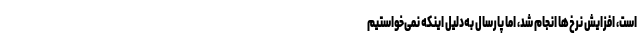
است، افزایش نرخ‌ها انجام شد، اما پارسال به‌دلیل اینکه نمی‌خواستیم